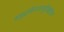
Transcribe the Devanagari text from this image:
समुद्रकिनारपट्टीखेरीज